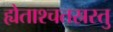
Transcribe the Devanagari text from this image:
ह्येताश्चतस्रस्तु